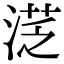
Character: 㴀